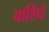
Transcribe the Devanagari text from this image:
वाशिंदे